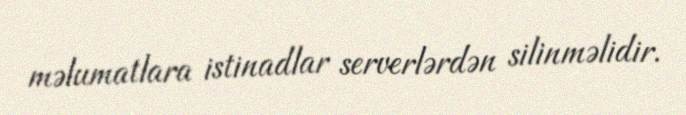
məlumatlara istinadlar serverlərdən silinməlidir.